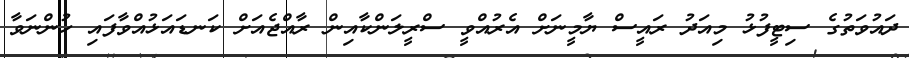
ދައުވަތުގެ ސިޓީފުޅު މިއަދު ރައީސް ޔާމީނަށް އެރުއްވީ ސްރީލަންކާއިން ރާއްޖެއަށް ކަނޑައަޅުއްވާފައި ހުންނަވާ